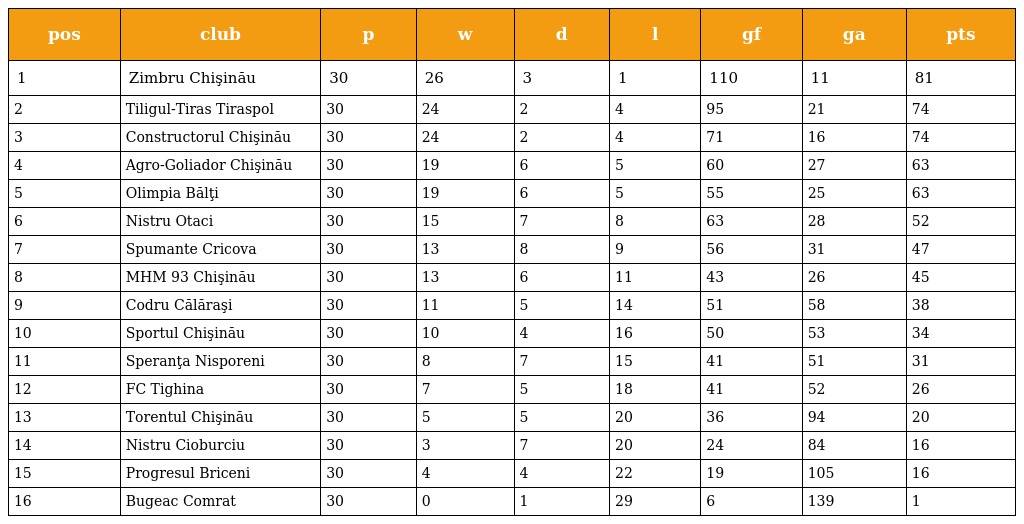
| pos | club | p | w | d | l | gf | ga | pts |
 | --- | --- | --- | --- | --- | --- | --- | --- | --- |
 | 1 | Zimbru Chişinău | 30 | 26 | 3 | 1 | 110 | 11 | 81 |
 | 2 | Tiligul-Tiras Tiraspol | 30 | 24 | 2 | 4 | 95 | 21 | 74 |
 | 3 | Constructorul Chişinău | 30 | 24 | 2 | 4 | 71 | 16 | 74 |
 | 4 | Agro-Goliador Chişinău | 30 | 19 | 6 | 5 | 60 | 27 | 63 |
 | 5 | Olimpia Bălţi | 30 | 19 | 6 | 5 | 55 | 25 | 63 |
 | 6 | Nistru Otaci | 30 | 15 | 7 | 8 | 63 | 28 | 52 |
 | 7 | Spumante Cricova | 30 | 13 | 8 | 9 | 56 | 31 | 47 |
 | 8 | MHM 93 Chişinău | 30 | 13 | 6 | 11 | 43 | 26 | 45 |
 | 9 | Codru Călăraşi | 30 | 11 | 5 | 14 | 51 | 58 | 38 |
 | 10 | Sportul Chişinău | 30 | 10 | 4 | 16 | 50 | 53 | 34 |
 | 11 | Speranţa Nisporeni | 30 | 8 | 7 | 15 | 41 | 51 | 31 |
 | 12 | FC Tighina | 30 | 7 | 5 | 18 | 41 | 52 | 26 |
 | 13 | Torentul Chişinău | 30 | 5 | 5 | 20 | 36 | 94 | 20 |
 | 14 | Nistru Cioburciu | 30 | 3 | 7 | 20 | 24 | 84 | 16 |
 | 15 | Progresul Briceni | 30 | 4 | 4 | 22 | 19 | 105 | 16 |
 | 16 | Bugeac Comrat | 30 | 0 | 1 | 29 | 6 | 139 | 1 |